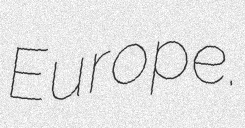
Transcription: Europe.